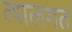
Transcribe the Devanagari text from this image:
त्यालगत